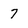
Character: 7